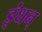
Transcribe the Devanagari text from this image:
इंधन्